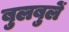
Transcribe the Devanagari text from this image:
बुलबुलें